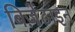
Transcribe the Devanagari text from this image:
बिज़ेंटाइन